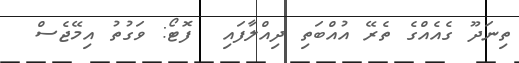
ތިނަދޫ ގެއެއްގެ ތެރޭ އުއްބަތި ދިއްލާފައި  ފޮޓޯ: ވަގުތު އިމޭޖެސް